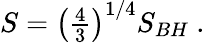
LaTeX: S=\left({\textstyle{\frac{4}{3}}}\right)^{1/4}S_{BH}\ .